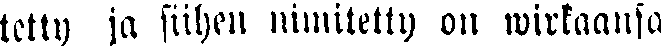
tetty ja siihen nimitetty on wirkaansa